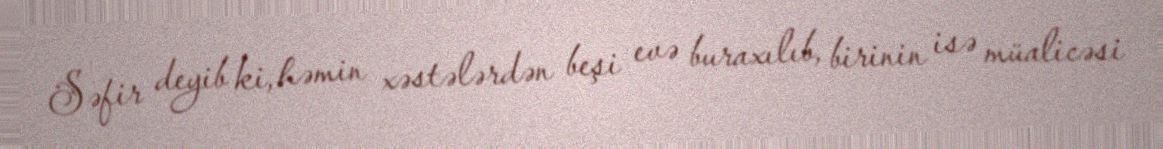
Səfir deyib ki, həmin xəstələrdən beşi evə buraxılıb, birinin isə müalicəsi